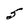
Character: 5